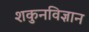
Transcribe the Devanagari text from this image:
शकुनविज्ञान